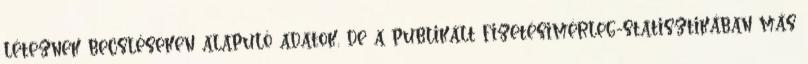
léteznek becsléseken alapuló adatok, de a publikált fizetésimérleg-statisztikában más